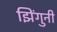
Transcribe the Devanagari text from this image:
झिंगुनी